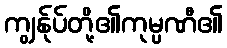
ကျွန်ုပ်တို့၏ကုမ္ပဏီ၏